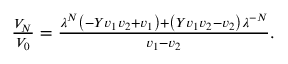
\begin{array} { r } { \frac { V _ { N } } { V _ { 0 } } = \frac { \lambda ^ { N } \left( - Y v _ { 1 } v _ { 2 } + v _ { 1 } \right) + \left( Y v _ { 1 } v _ { 2 } - v _ { 2 } \right) \lambda ^ { - N } } { v _ { 1 } - v _ { 2 } } . } \end{array}